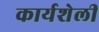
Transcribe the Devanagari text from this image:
कार्यशेली